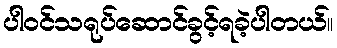
ပါဝင်သရုပ်ဆောင်ခွင့်ရခဲ့ပါတယ်။